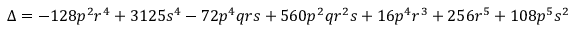
\Delta = - 1 2 8 p ^ { 2 } r ^ { 4 } + 3 1 2 5 s ^ { 4 } - 7 2 p ^ { 4 } q r s + 5 6 0 p ^ { 2 } q r ^ { 2 } s + 1 6 p ^ { 4 } r ^ { 3 } + 2 5 6 r ^ { 5 } + 1 0 8 p ^ { 5 } s ^ { 2 }